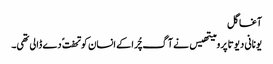
آغا گل
یونانی دیوتا پرومیتھیس نے آگ چُرا کے انسان کو تحفت ً دے ڈالی تھی۔